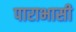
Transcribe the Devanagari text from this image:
पाराभासी